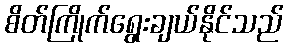
စိတ်ကြိုက်ရွေးချယ်နိုင်သည်